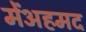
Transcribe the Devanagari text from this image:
मेंअहमद